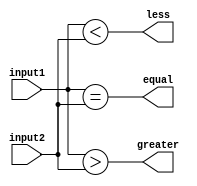
module comparator_16bit (
    input [15:0] input1,
    input [15:0] input2,
    output equal,
    output greater,
    output less
);

assign equal = (input1 == input2);
assign greater = (input1 > input2);
assign less = (input1 < input2);

endmodule